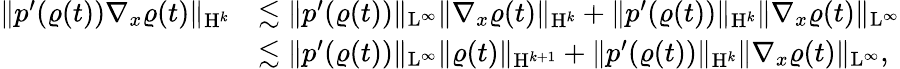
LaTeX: \begin{array}{rl}{\Vert p^{\prime}(\varrho(t))\nabla_{x}\varrho(t)\Vert_{\mathrm{H}^{k}}}&{\lesssim\Vert p^{\prime}(\varrho(t))\Vert_{\mathrm{L}^{\infty}}\Vert\nabla_{x}\varrho(t)\Vert_{\mathrm{H}^{k}}+\Vert p^{\prime}(\varrho(t))\Vert_{\mathrm{H}^{k}}\Vert\nabla_{x}\varrho(t)\Vert_{\mathrm{L}^{\infty}}}\\ &{\lesssim\Vert p^{\prime}(\varrho(t))\Vert_{\mathrm{L}^{\infty}}\Vert\varrho(t)\Vert_{\mathrm{H}^{k+1}}+\Vert p^{\prime}(\varrho(t))\Vert_{\mathrm{H}^{k}}\Vert\nabla_{x}\varrho(t)\Vert_{\mathrm{L}^{\infty}},}\end{array}